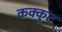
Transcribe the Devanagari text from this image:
कक्कुट